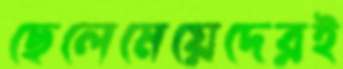
ছেলেমেয়েদেরই